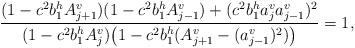
LaTeX: \begin{align*}\frac{(1-c^2b_1^hA_{j+1}^v)(1-c^2b_1^hA_{j-1}^v)+(c^2b_1^ha_j^va_{j-1}^v)^2}{(1-c^2b_1^hA_{j}^v)\big(1-c^2b_1^h(A_{j+1}^v-(a_{j-1}^v)^2)\big)}=1,\end{align*}